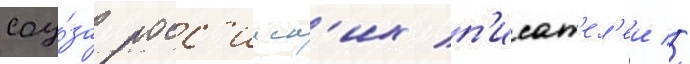
соу́за росс'ииск'их п'исат'ел'еи //